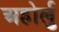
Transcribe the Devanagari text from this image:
अहोर्लु